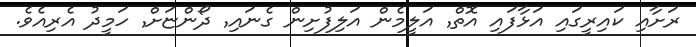
ރަށާއި ކައިރީގައި އަޅާފައި އޮތް